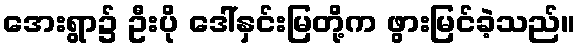
အေးရွာ၌ ဦးပို ဒေါ်နှင်းမြတို့က ဖွားမြင်ခဲ့သည်။